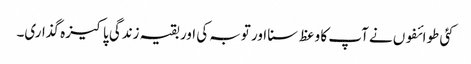
کئی طوائفوں نے آپ کا وعظ سنا اور توبہ کی اور بقیہ زندگی پاکیزہ گذاری۔